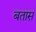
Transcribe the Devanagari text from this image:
बतास